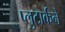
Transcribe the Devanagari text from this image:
प्लुटार्कने